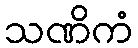
သဏိကံ